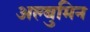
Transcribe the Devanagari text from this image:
अल्बुमिन